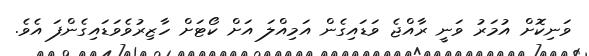
ވަނިކޮށް އުމަރު ވަނީ ރާއްޖެ ވަޑައިގެން އަމިއްލަ އަށް ކޯޓަށް ހާޒިރުވެވަޑައިގެންފަ އެވެ.